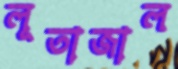
লূতাজাল